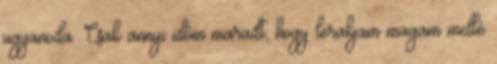
ugyanoda. Csak annyi időm maradt, hogy lerakjam magam mellé